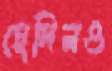
হেদিনও